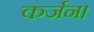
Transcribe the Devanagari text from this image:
कर्जन।